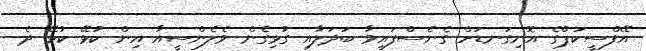
އޭފްސީކަޕްގެ އޮނިގަނޑަށް ގެނެސްފައިވާ ބަދަލާއި ގުޅިގެން ވެލެންސީއާ އިން ކުޅޭ ކުޅޭ ދެ